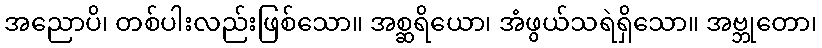
အညောပိ၊ တစ်ပါးလည်းဖြစ်သော။ အစ္ဆရိယော၊ အံဖွယ်သရဲရှိသော။ အဗ္ဘုတော၊